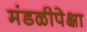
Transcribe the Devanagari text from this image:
मंडळीपेक्षा